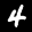
Label: 4